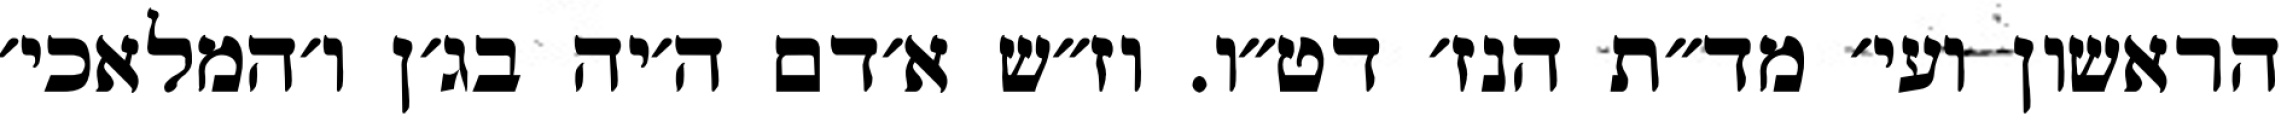
הראשון ועי׳ מד״ת הנז׳ דט״ו. וז״ש א׳דם ה׳יה בג׳ן ו׳המלאכי׳